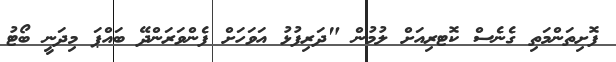
ފޮށިތަންމަތި ގެނެސް ކޮޓރިއަށް ލުމުން "ދަރިފުޅު އަވަހަށް ފެންވަރަންދޭ ބައްޕަ މިދަނީ ބޯޓު